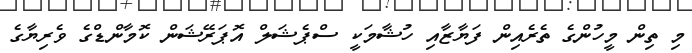
މި ތިން މީހުންގެ ތެރެއިން ފަޔާޒާއި ހުޝާމަކީ ސްޕެޝަލް އޮޕަރޭޝަން ކޮމާންޑްގެ ވެރިޔާގެ